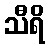
သီရိ